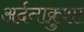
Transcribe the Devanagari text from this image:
अर्दनाक्रुशा